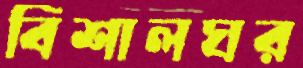
বিশালঘর